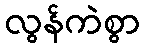
လွန်ကဲစွာ